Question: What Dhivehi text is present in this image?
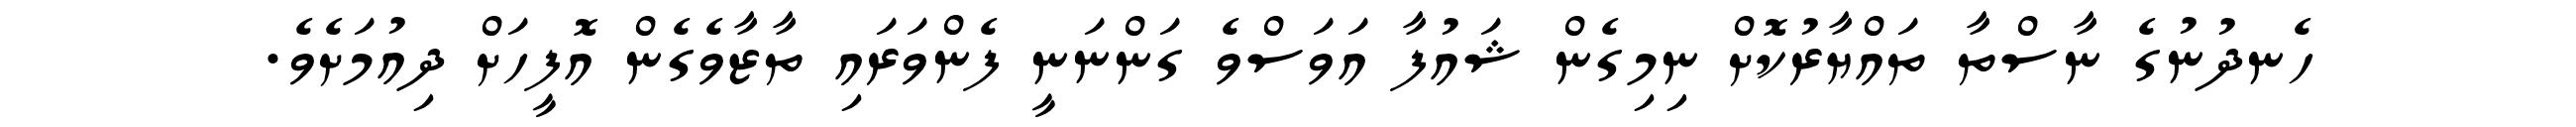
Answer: ހެނދުނުގެ ނާސްތާ ތައްޔާރުކޮށް ނިމިގެން ޝައުފާ އަވަސްވެ ގަންނަނީ ފެންވަރައި ތާޒާވެގެން އޮފީހަށް ދިއުމަށެވެ.